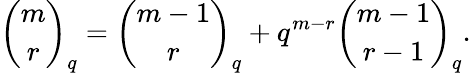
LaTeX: {\binom{m}{r}}_{q}={\binom{m-1}{r}}_{q}+q^{m-r}{\binom{m-1}{r-1}}_{q}.